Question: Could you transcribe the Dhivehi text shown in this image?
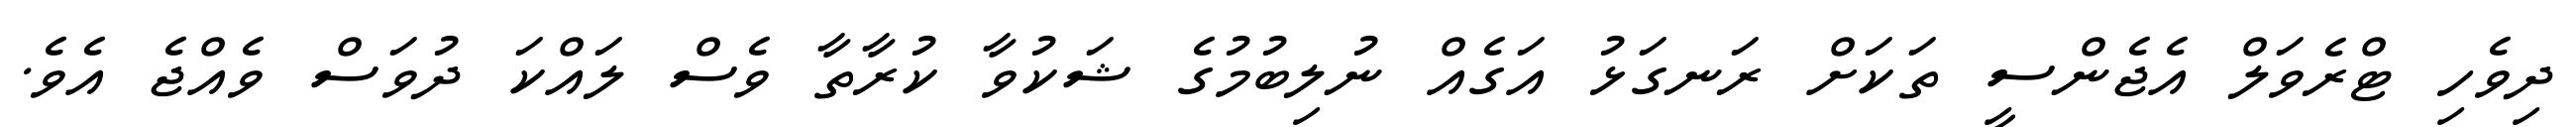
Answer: ދިވެހި ޓްރެވަލް އެޖެންސީ ތަކަށް ރަނގަޅު އަގެއް ނުލިބުމުގެ ޝަކުވާ ކުރާތާ ވެސް ލައްކަ ދުވަސް ވެއްޖެ އެވެ.